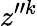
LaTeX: z^{\prime\prime k}